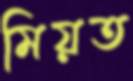
মিয়ত